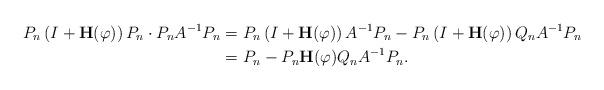
LaTeX: \begin{align*}P_{n}\left( I+\mathbf{H}(\varphi)\right) P_{n}\cdot P_{n}A^{-1}P_{n} &=P_{n}\left( I+\mathbf{H}(\varphi)\right) A^{-1}P_{n}-P_{n}\left(I+\mathbf{H}(\varphi)\right) Q_{n}A^{-1}P_{n}\\& =P_{n}-P_{n}\mathbf{H}(\varphi)Q_{n}A^{-1}P_{n}. \end{align*}